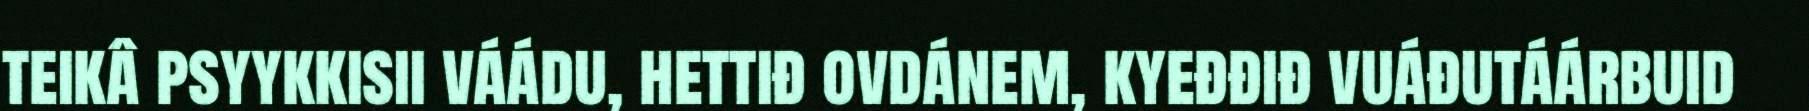
teikâ psyykkisii váádu, hettiđ ovdánem, kyeđđiđ vuáđutáárbuid